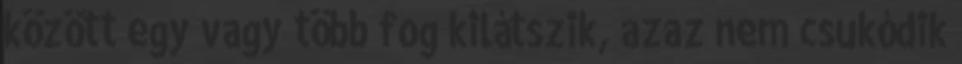
között egy vagy több fog kilátszik, azaz nem csukódik